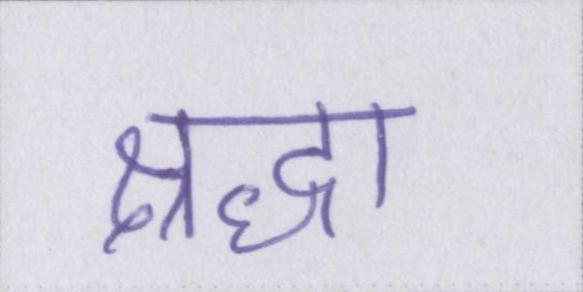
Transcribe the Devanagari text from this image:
श्रद्धा